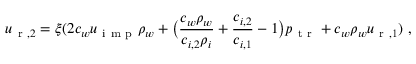
u _ { \mathrm { ~ r ~ } , 2 } = \xi ( 2 c _ { w } u _ { \mathrm { ~ i ~ m ~ p ~ } } \rho _ { w } + \big ( \frac { c _ { w } \rho _ { w } } { c _ { i , 2 } \rho _ { i } } + \frac { c _ { i , 2 } } { c _ { i , 1 } } - 1 \big ) p _ { \mathrm { ~ t ~ r ~ } } + c _ { w } \rho _ { w } u _ { \mathrm { ~ r ~ } , 1 } ) \ ,